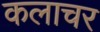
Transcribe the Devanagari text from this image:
कलाचर